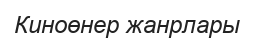
Киноөнер жанрлары